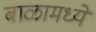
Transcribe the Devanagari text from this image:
बाळामध्ये